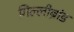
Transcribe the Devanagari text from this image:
गिल्लीब्रांड